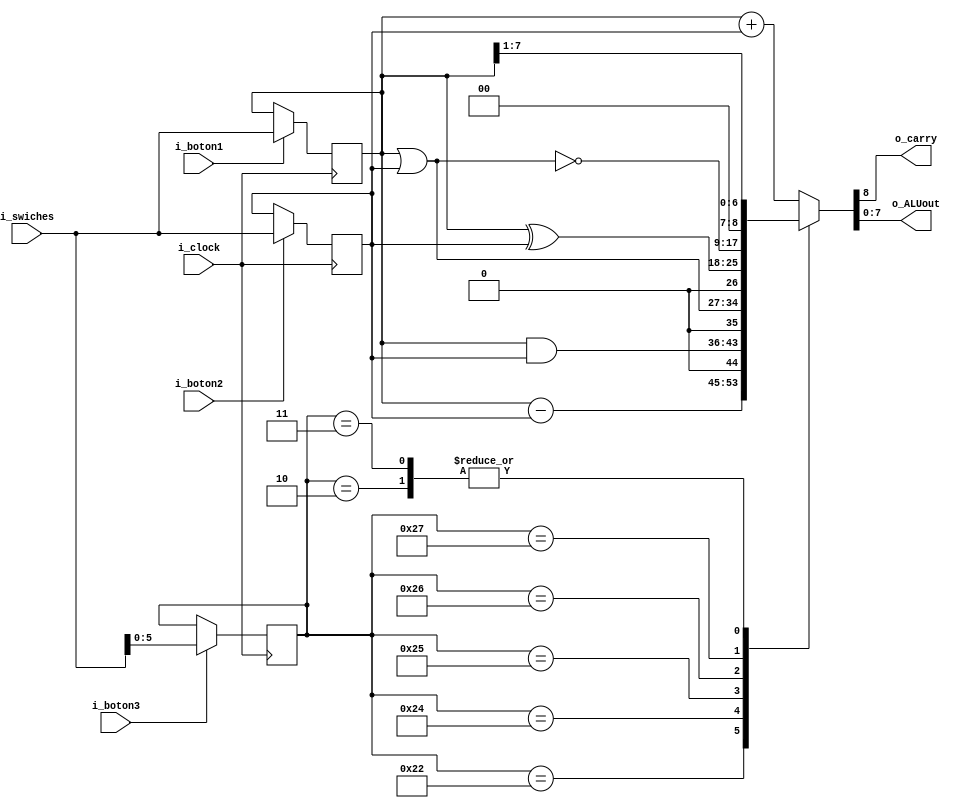
module alu
  #(
    parameter OPCODE_SIZE = 6,              // 6-bits operation codes
    parameter BUS_SIZE = 8                  // 8-bits input/output bus
  )
  (
    input wire i_clock,
    input wire i_boton1,
    input wire i_boton2,
    input wire i_boton3,
    input wire [BUS_SIZE - 1 : 0] i_swiches,

    output wire o_carry,
    output wire [BUS_SIZE - 1 : 0] o_ALUout
  );

  // ALU opcodes
  localparam ADD = 6'b100000;
  localparam SUB = 6'b100010;
  localparam AND = 6'b100100;
  localparam OR  = 6'b100101;
  localparam XOR = 6'b100110;
  localparam NOR = 6'b100111;
  localparam SRL = 6'b000010;
  localparam SRA = 6'b000011;

  reg [OPCODE_SIZE - 1 : 0] opcode;
  reg [BUS_SIZE - 1 : 0] datoA;
  reg [BUS_SIZE - 1 : 0] datoB;
  reg [BUS_SIZE : 0] result;

  assign o_carry = result[BUS_SIZE];
  assign o_ALUout = result;

  // Button check
  always @(posedge i_clock)
  begin
    if (i_boton1)
      datoA <= i_swiches;
    if (i_boton2)
      datoB <= i_swiches;
    if (i_boton3)
      opcode <= i_swiches;
  end

  // Combinational logic
  always @(*)
  begin
    case (opcode)
        ADD:
            result = datoA + datoB;
        SUB:
            result = datoA - datoB;
        AND:
            result = datoA & datoB;
        OR:
            result = datoA | datoB;
        XOR:
            result = datoA ^ datoB;
        NOR:
            result = ~(datoA | datoB);
        SRL:
            result = datoA >> 1;
        SRA:
            result = datoA >>> 1;
        default:
            result = datoA + datoB;           // Sum by default
    endcase
  end

endmodule